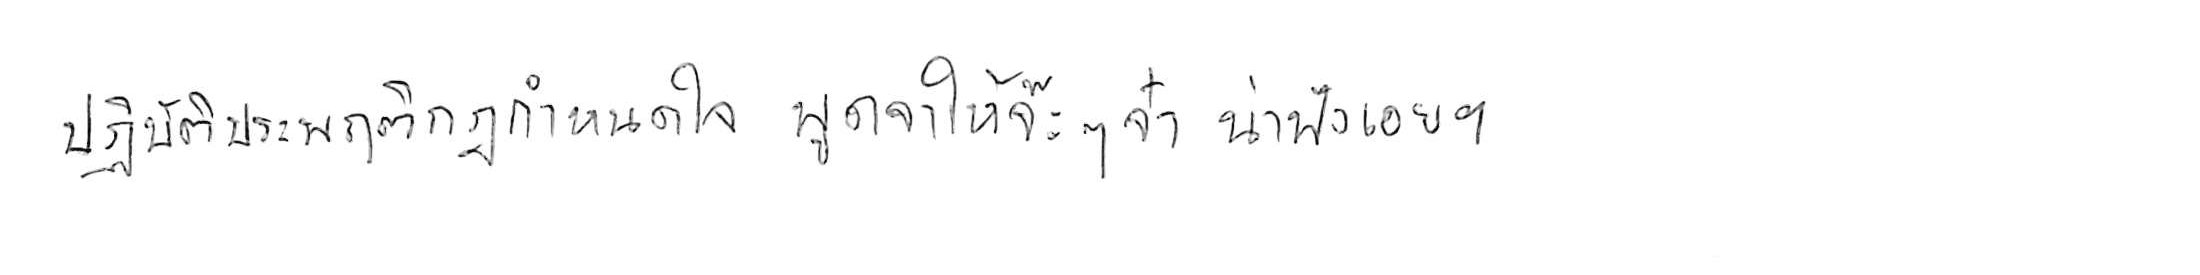
ปฏิบัติประพฤติกฎกำหนดใจ พูดจาให้จ๊ะๆ จ๋า น่าฟังเอยฯ